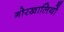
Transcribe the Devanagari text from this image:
गोरखालियों